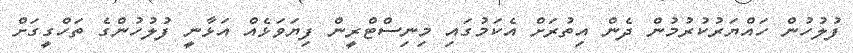
ފުލުހުން ހައްޔަރުކުރުމުން ދެން އިތުރަށް އެކަމުގައި މިނިސްޓްރީން ފިޔަވަޅެއް އަޅާނީ ފުލުުހުންގެ ތަހްގީގަށް